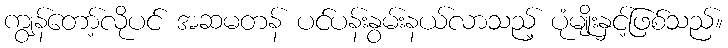
ကျွန်တော့်လိုပင် အဆမတန် ပင်ပန်းနွမ်းနယ်လာသည့် ပုံမျိုးနှင့်ဖြစ်သည်။